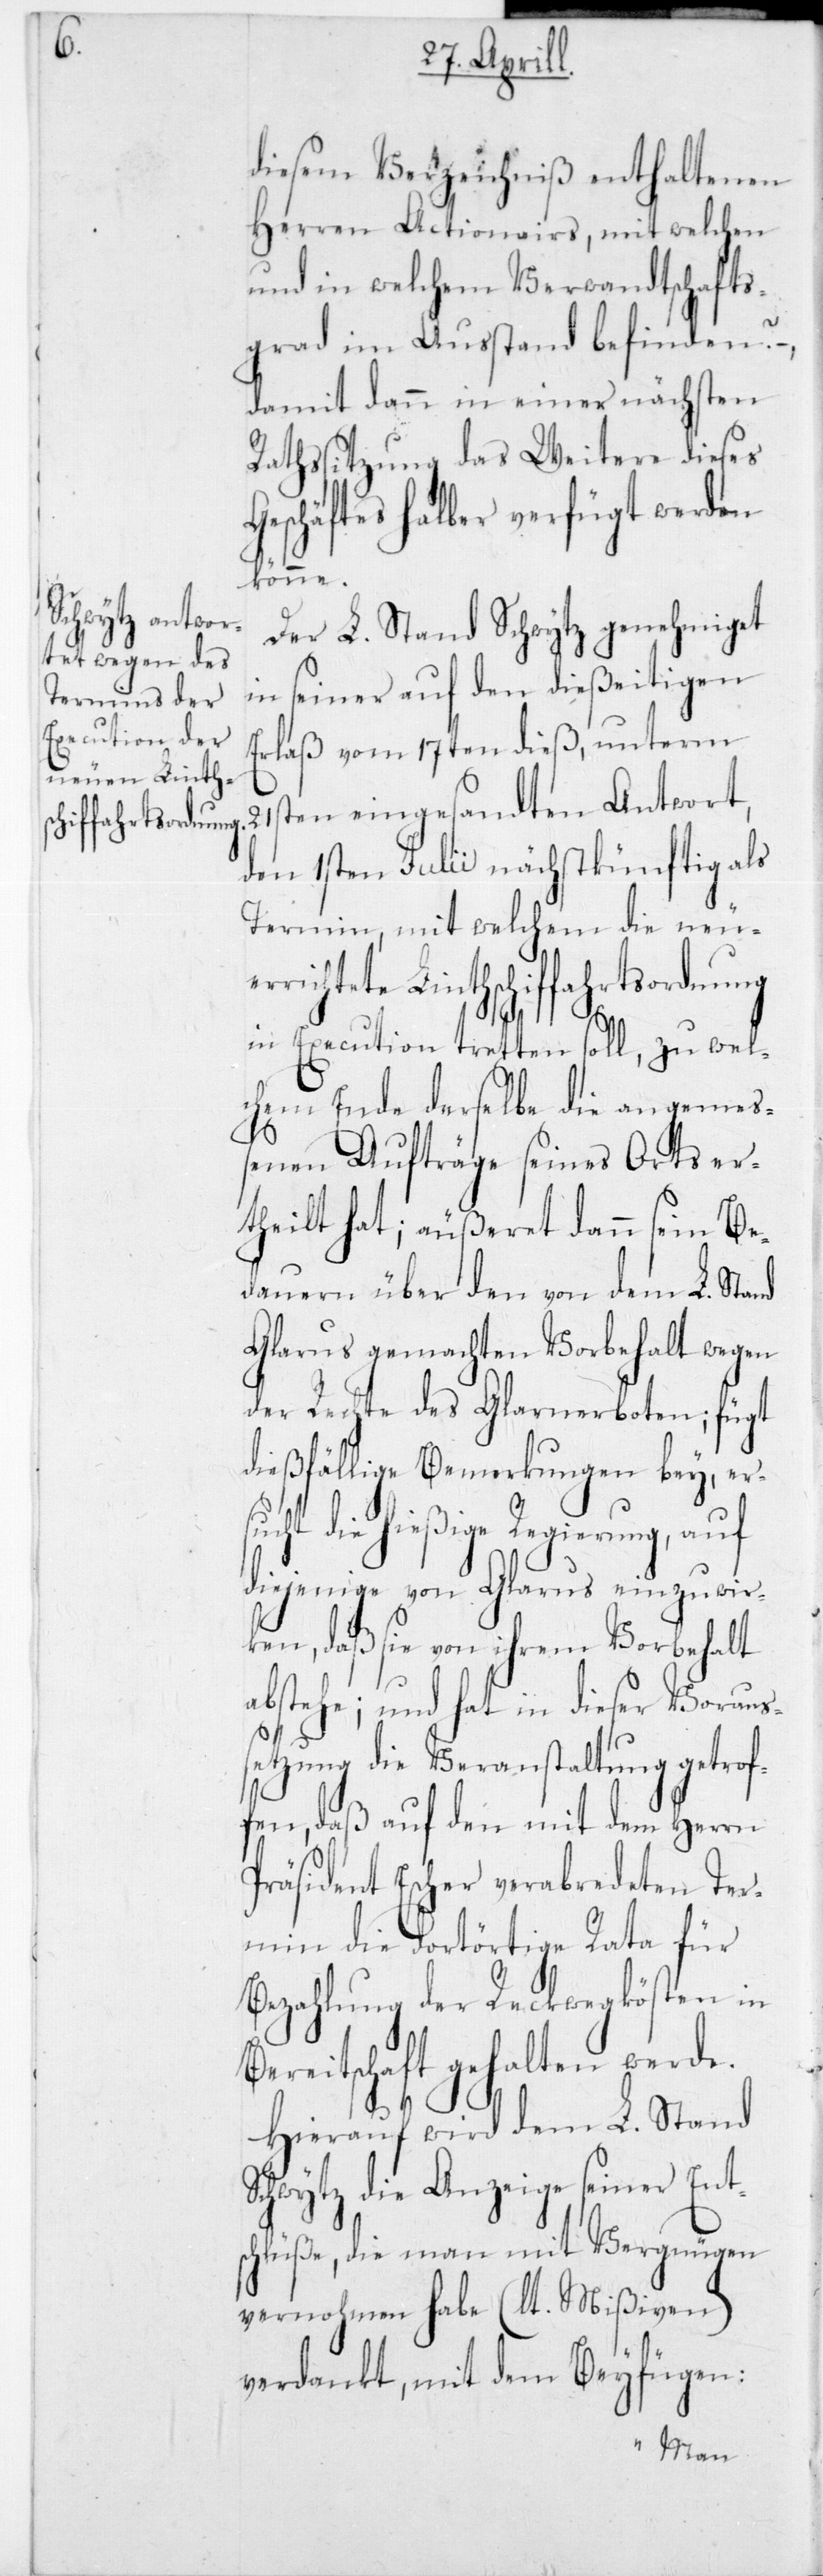
ffahrtsordnung

diesem Verzeichniß enthaltenen
Herren Actionairs, mit welchen
und in welchem Verwandtschafts¬
grad im Ausstand befinden? –,
damit dann in einer nächsten
Rathssitzung das Weitere dieses
Geschäftes halber verfügt werden
könne.
Der L. Stand Schwytz genehmiget
in seiner auf den dießeitigen
Erlaß vom 17ten dieß, unterm
21sten eingesandten Antwort,
den 1sten Julii nächstkünftig als
Termin, mit welchem die neuer¬
richtete Linthschi¬
in Execution tretten soll, zu wel¬
chem Ende derselbe die angemeß¬
enen Aufträge seines Orts er¬
theilt hat; äußert dann sein Be¬
dauern über den von dem L. Stand
Glarus gemachten Vorbehalt wegen
der Rechte des Glarnerboten; fügt
dießfällige Bemerkungen bey, ers¬
ucht die hießige Regierung, auf
diejenige von Glarus einzuwir¬
ken, daß sie von ihrem Vorbehalt
abstehe; und hat in dieser Voraus¬
setzung die Veranstaltung getrof¬
fen, daß auf den mit dem Herrn
Präsident Escher verabredeten Ter¬
min die dortörtige Rata für
Bezahlung der Reckwegkösten in
Bereitschaft gehalten werde.
Hierauf wird dem L. Stand
Schwytz die Anzeige seiner Ent¬
schlüße, die man mit Vergnügen
vernohmen habe (lt. Mißiven)
verdankt, mit dem Beyfügen: